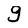
Character: 9